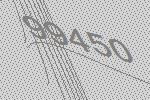
99450